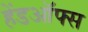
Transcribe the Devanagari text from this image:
हेंडऑफ्स